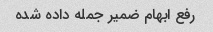
رفع ابهام ضمیر جمله داده شده